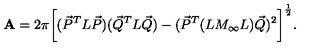
{ \bf A } = 2 \pi \bigg [ ( { \vec { P } } ^ { T } L { \vec { P } } ) ( { \vec { Q } } ^ { T } L { \vec { Q } } ) - ( { \vec { P } } ^ { T } { ( L M _ { \infty } L ) } { \vec { Q } } ) ^ { 2 } \bigg ] ^ { \frac { 1 } { 2 } } .